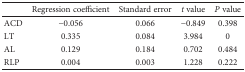
<table><thead><tr><td></td><td><b>Regression coefficient</b></td><td><b>Standard error</b></td><td><b><i>t</i> value</b></td><td><b><i>P</i> value</b></td></tr></thead><tbody><tr><td>ACD</td><td>−0.056</td><td>0.066</td><td>−0.849</td><td>0.398</td></tr><tr><td>LT</td><td>0.335</td><td>0.084</td><td>3.984</td><td>0</td></tr><tr><td>AL</td><td>0.129</td><td>0.184</td><td>0.702</td><td>0.484</td></tr><tr><td>RLP</td><td>0.004</td><td>0.003</td><td>1.228</td><td>0.222</td></tr></tbody></table>